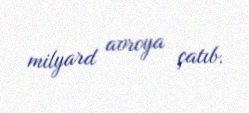
milyard avroya çatıb.